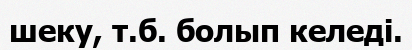
шеку, т.б. болып келеді.